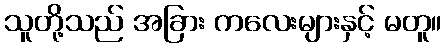
သူတို့သည် အခြား ကလေးများနှင့် မတူ။